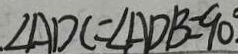
\angle A D C = \angle A D B = 9 0 ^ { \circ }